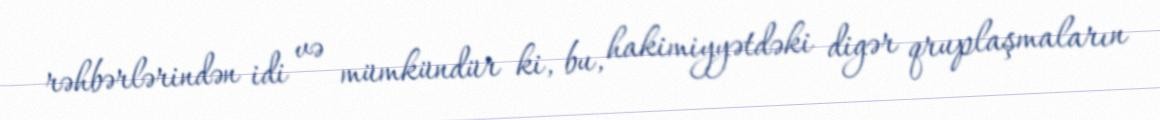
rəhbərlərindən idi və mümkündür ki, bu, hakimiyyətdəki digər qruplaşmaların